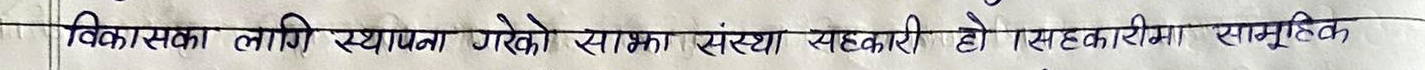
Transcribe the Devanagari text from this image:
विकासका लागि स्थापना गरेको साझा संस्था सहकारी हो । सहकारीमा सामूहिक